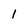
Character: 1